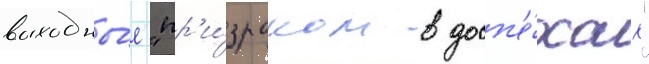
выходны́е "пр'и́зраком в досп'е́хах"